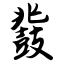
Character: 鼗